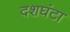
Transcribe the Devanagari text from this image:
दशघंटा